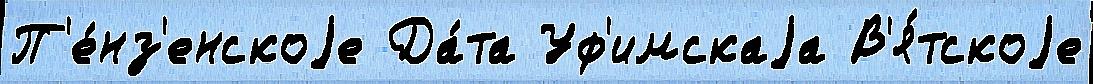
П'е́нз'енскоjе Да́та Уф'имскаjа В'я́тскоjе